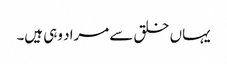
یہاں خلق سے مراد وہی ہیں۔